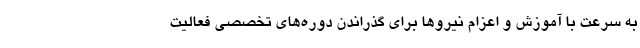
به سرعت با آموزش و اعزام نیروها برای گذراندن دوره‌های تخصصی فعالیت